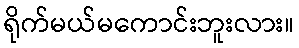
ရိုက်မယ်မကောင်းဘူးလား။